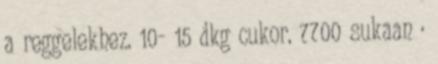
a reggelekhez. 10- 15 dkg cukor. 7700 sukaan ·